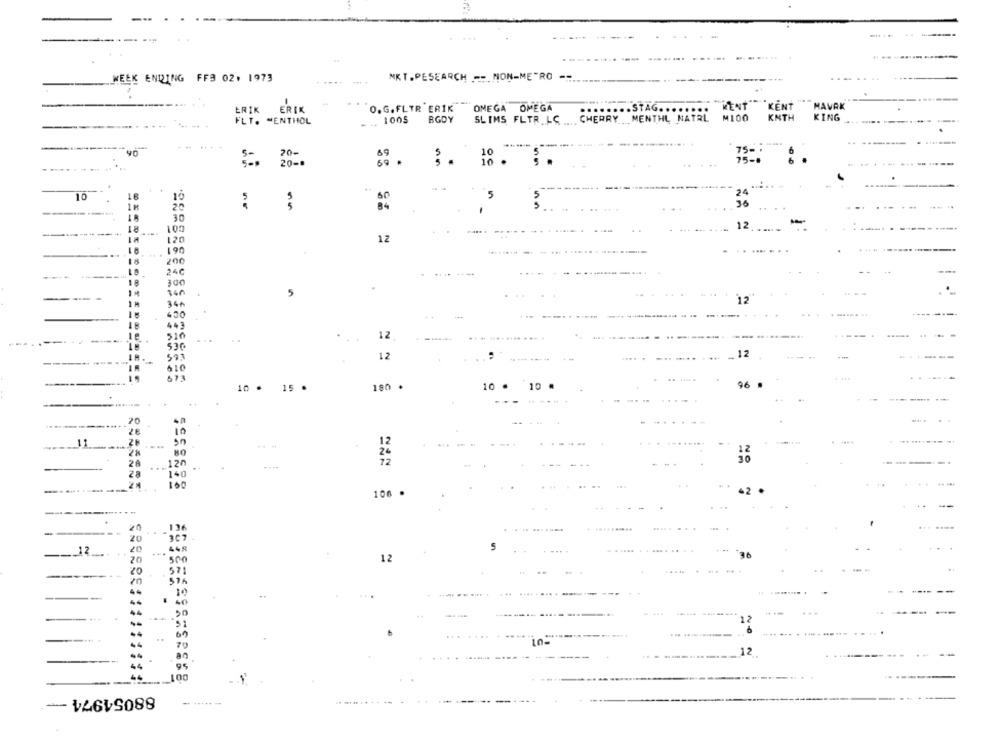
WEEK ENDING FF3 02. 1973
MKT.PESEARCH - NON-ME"RO
ERIK
ERIK
O.G.FLTR ERIK
OMEGA OMEGA
... ST
.. STAG ....
KENT
HAVAK
1005
BGDY
SLIMS FLTR.LC .... CHERRY MENTHL NATAL
M100
KNTH
KING
FLT. MENTHOL
20-
69
20-
10
75-
10
5
20
30
30
12
12
120
190
200
246
34
12
450
447
510
12
530
12
12
593
610
180 .
96 .
10 · 15 .
10 .
10 #
20
11
12
80
2%
72
120
140
106 .
-
307
449
5
20
500
12
571
20
10
40
20
--.
51
70
in-
12
44
44
100
--
-14645088